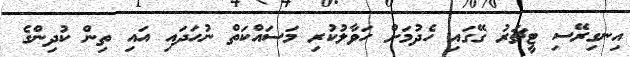
އިނގިރޭސި ޓީޗަރު ގޭގައި ހެދުމަށް ހަވާލުކުރި މަސައްކަތް ނުހަދައި އައި ތިން ކުދިންގެ